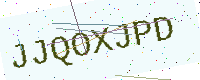
Text: JJQOXJPD